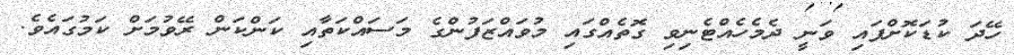
ހޭދަ ކުޑަކޮށްފައި ވަނީ ދެމެހެއްޓެނިވި ގޮތެއްގައި މުވައްޒަފުންގެ މަސައްކަތާއި ކަންކަން ރޭވުމަށް ކަމުގައެވެ.